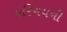
પરિચયની